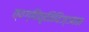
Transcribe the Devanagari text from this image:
त्वग्विकृतिविज्ञान